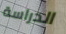
الدراسة